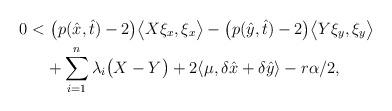
LaTeX: \begin{align*}0<&~\big(p(\hat{x},\hat{t})-2\big)\big\langle X\xi_x,\xi_x\big \rangle-\big(p(\hat{y},\hat{t})-2\big)\big\langle Y\xi_y,\xi_y\big \rangle \\&+\sum_{i=1}^n\lambda_i\big(X-Y\big)+2\langle \mu,\delta \hat{x}+\delta \hat{y}\rangle -r\alpha/2,\end{align*}